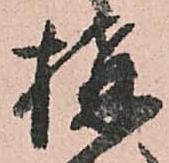
構